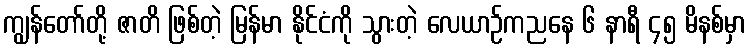
ကျွန်တော်တို့ ဇာတိ ဖြစ်တဲ့ မြန်မာ နိုင်ငံကို သွားတဲ့ လေယာဉ်ကညနေ ၆ နာရီ ၄၅ မိနစ်မှာ